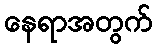
နေရာအတွက်